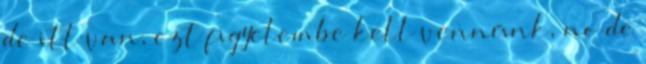
de itt van, ezt figyelembe kell vennünk, no de